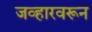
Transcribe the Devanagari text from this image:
जव्हारवरून